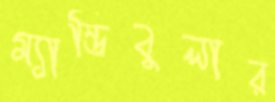
ম্যান্ডিবুলার